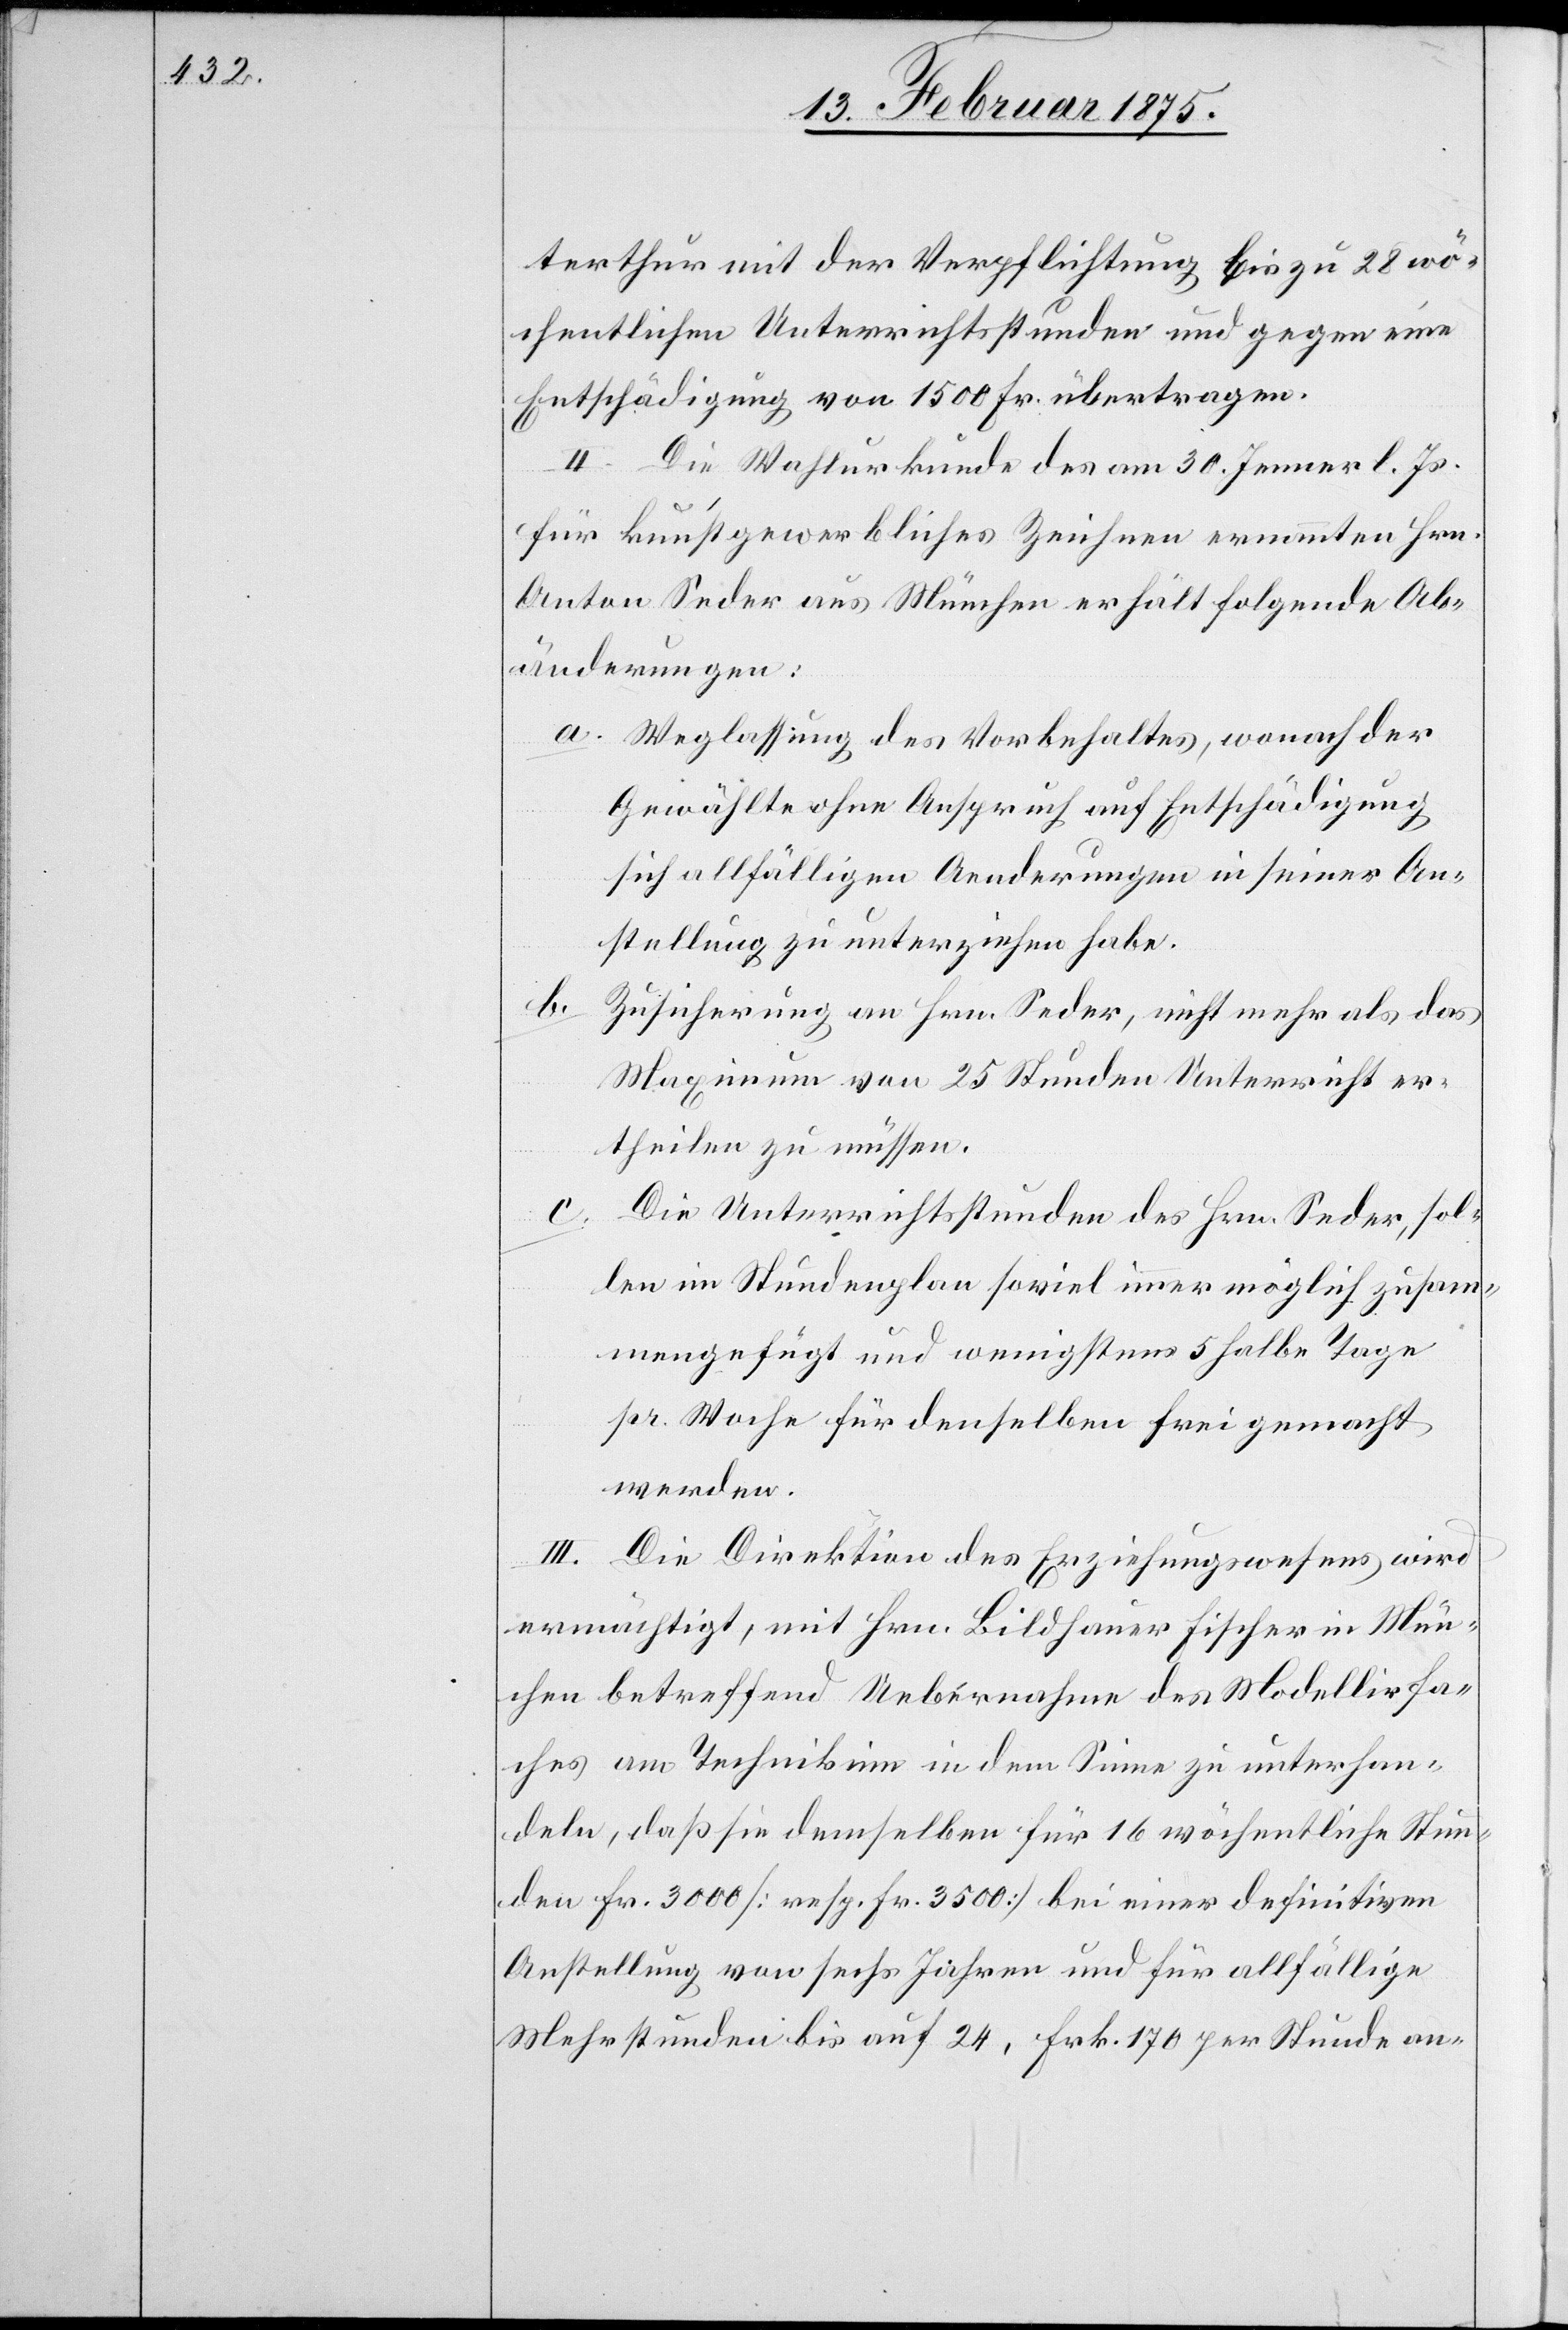
terthur mit der Verpflichtung bis zu 28 wö¬
chentlichen Unterrichtsstunden und gegen eine
Entschädigung von 1500 Fr. übertragen.
II. Die Wahlurkunde des am 30. Jenner l. Js.
für kunstgewerbliches Zeichnen ernannten Hrn.
Anton Seder aus München erhält folgende Ab¬
änderungen:
a. Weglassung des Vorbehaltes, wonach der
Gewählte ohne Anspruch auf Entschädigung
sich allfälligen Aenderungen in seiner An¬
stellung zu unterziehen habe.
b.
Zusicherung an Hrn. Seder, nicht mehr als das
Maximum von 25 Stunden Unterricht er¬
theilen zu müssen.
Die Unterrichtsstunden des Hrn. Seder, sol¬
len im Stundenplan soviel immer möglich zusam¬
mengefügt und wenigstens 5 halbe Tage
pr. Woche für denselben frei gemacht
werden.
III. Die Direktion des Erziehungswesens wird
ermächtigt, mit Hrn. Bildhauer Fischer in Mün¬
chen betreffend Uebernahme des Modellirfa¬
ches am Technikum in dem Sinne zu unterhan¬
deln, daß sie demselben für 16 wöchentliche Stun¬
den Fr. 3000 (resp. 3500) bei einer definitiven
Anstellung von sechs Jahren und für allfällige
Mehrstunden bis auf 24, Frk. 170 per Stunde an-